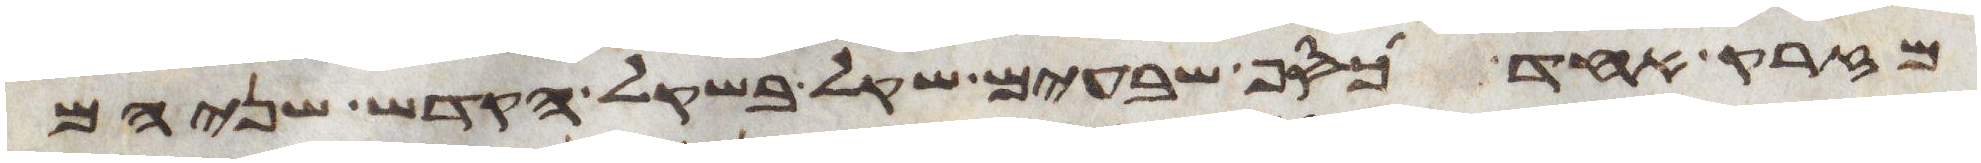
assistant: מזרק אחד כסף שבעים שקל בשקל הקדש שניהם